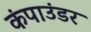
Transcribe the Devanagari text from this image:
कंपाउंडर